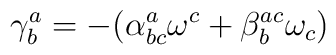
\mathbf{\gamma }_{b}^{a}=-(\alpha _{bc}^{a}\mathbf{\omega }^{c}+\beta_{b}^{ac}\mathbf{\omega }_{c})